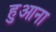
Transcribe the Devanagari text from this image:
हुआना